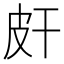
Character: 皯